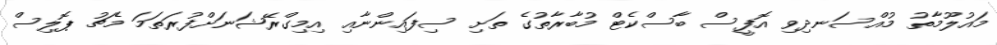
މައުލޫމާތު މުއްސަނދިވި އޮފީސް ބާސްކެޓް މުބާރާތުގެ ތަށި ސިފައިންނާއި އިމިގްރޭޝަނަށްފުރަތަމަ މެޗު ޕޮލިސް